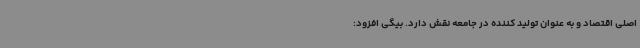
اصلی اقتصاد و به عنوان تولید کننده در جامعه نقش دارد. بیگی افزود: